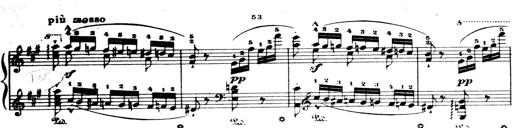
Title: Wagner-Liszt Album
Composer: Franz Liszt